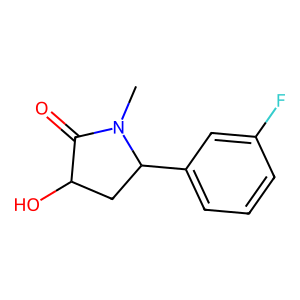
SMILES: CN1C(=O)C(O)CC1c1cccc(F)c1
Inhibits HIV replication: No